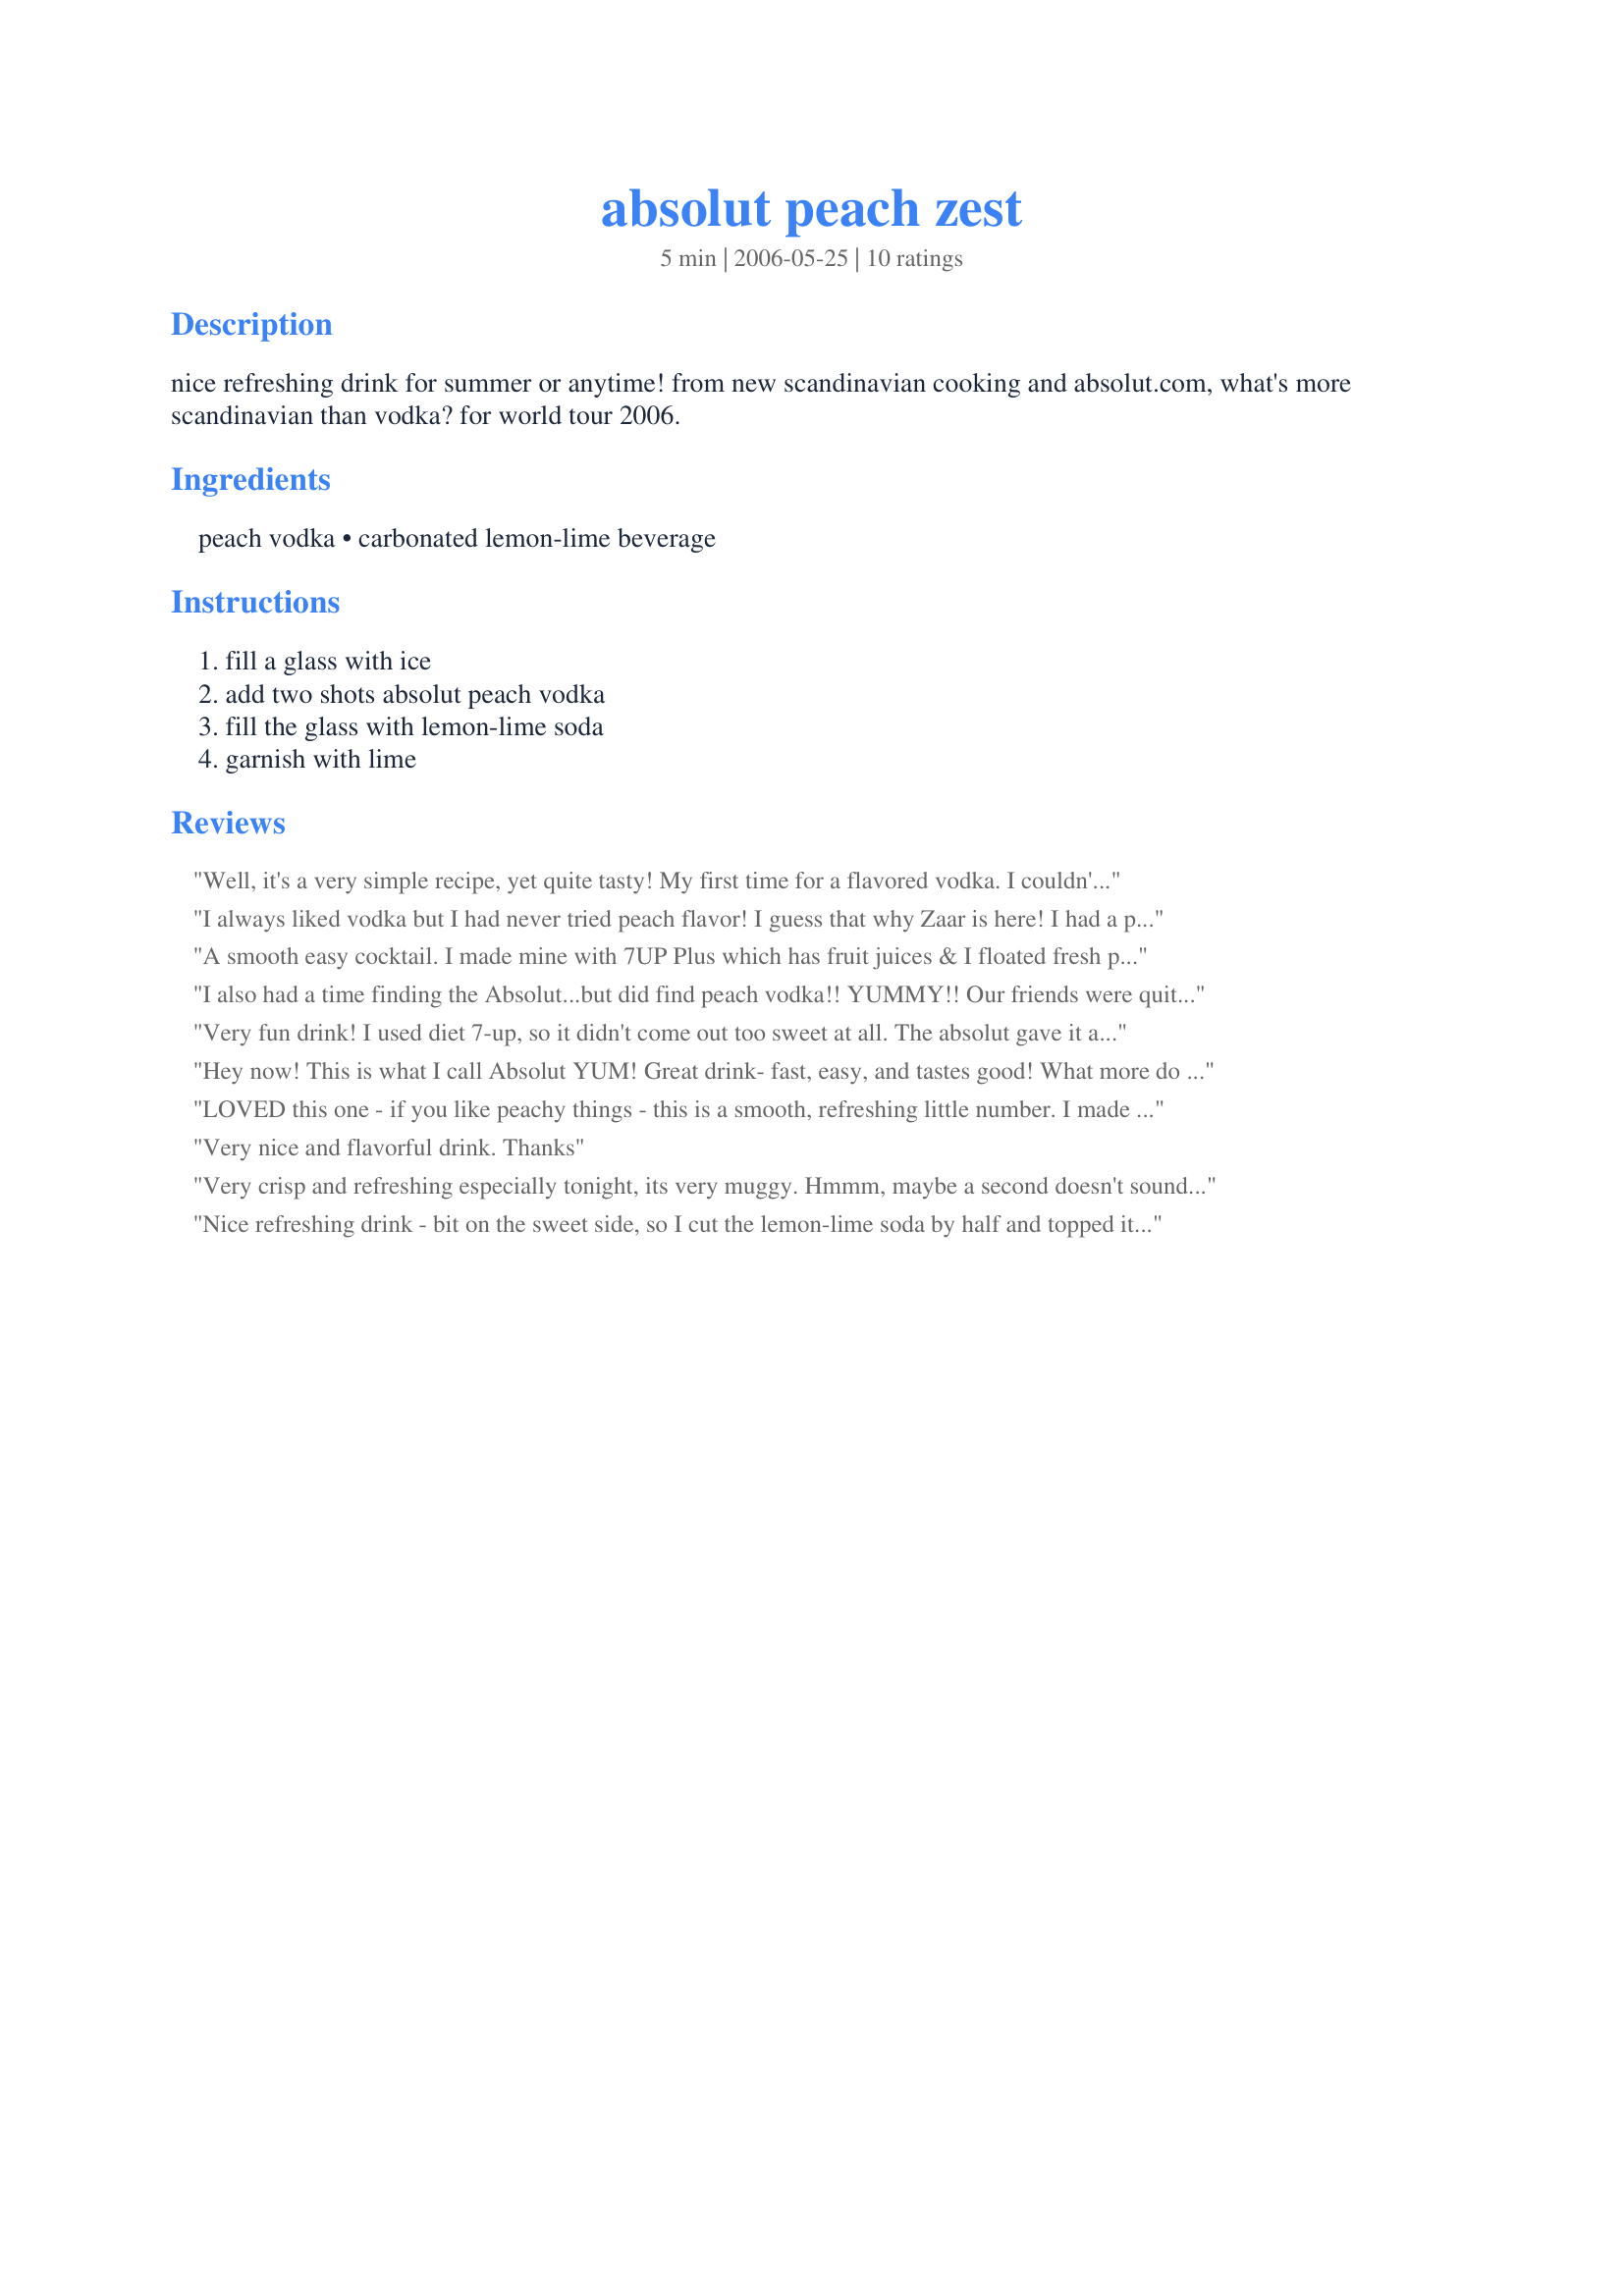
absolut peach zest
Preparation time: 5 minutes

nice refreshing drink for summer or anytime! from new scandinavian cooking and absolut.com, what's more scandinavian than vodka? for world tour 2006.

Ingredients:
peach vodka, carbonated lemon-lime beverage

Steps:
fill a glass with ice, add two shots absolut peach vodka, fill the glass with lemon-lime soda, garnish with lime

Reviews:
Well, it's a very simple recipe, yet quite tasty! My first time for a flavored vodka. I couldn't find Absolut peach, but I did find Stolichnaya peach (making this recipe more Russian instead of Scandinanvian perhaps, but what could I do?). I used Sprite Zero for the lemon/lime beverage to keep the calories down. Thanks!
I always liked vodka but I had never tried peach flavor! I guess that why Zaar is here!
I had a problem finding it but at the I suceed. I used Sprite Zero and also I floated fresh peach slices on top. Just to make it look healthy. Great! I had two glasses and I was lucky cause later I didn't have anything to do and went straight to bed! Thanks Jessica!
A smooth easy cocktail. I made mine with 7UP Plus which has fruit juices & I floated fresh peach slices on top. (all that made it healthy you know ;-) Now I really need a nap ...
I also had a time finding the Absolut...but did find peach vodka!! YUMMY!!
Our friends were quite impressed with my selection of drinks served around the fire pit!!
Thank you!!
Very fun drink! I used diet 7-up, so it didn't come out too sweet at all. The absolut gave it a very strong peach flavor. Thanks!
Hey now! This is what I call Absolut YUM! Great drink- fast, easy, and tastes good! What more do you need after a very L O N G day? I do not know why but my picture of this came out very ORANGE- ???? could be a bad camera operator?? lol- I think it may have been the wood table reflecting in the liquid??? I dont know BUT this drink is yum and not as icky as my picture made it!!! Sorry Jess! I will make this again at a later date and reshoot! Thanks Jessica! Cheers!
LOVED this one - if you like peachy things - this is a smooth, refreshing little number. I made this with Absolut Peach and 7-UP although I didn't use a whole can for each drink. I might try club soda next time too for less sweet - depends on your tastes - this will be made again! We garnished with peach slices. YUMMYY - This is a keeper Jess - thank you!!
Very nice and flavorful drink. Thanks
Very crisp and refreshing especially tonight, its very muggy. Hmmm, maybe a second doesn't sound too bad, whatcha think?? :)
Nice refreshing drink - bit on the sweet side, so I cut the lemon-lime soda by half and topped it up with soda water. Couldn't find any decent peaches at the grocer so used a bit of lime to garnish. This is also very tasty with Ruby Red Absolut (grapefruit) done the same way for those that prefer tart over sweet.
